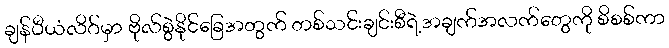
ချန်ပီယံလိဂ်မှာ ဗိုလ်စွဲနိုင်ခြေအတွက် တစ်သင်းချင်းစီရဲ့အချက်အလက်တွေကို စိစစ်ကာ